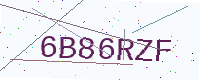
Text: 6B86RZF